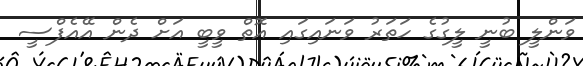
ވަންލީ ބުނީ ލީގުގެ ހަތަރު ވަނައިގައި އޮތް ވީބީ އަށް ދެން އޭއެފްސީ